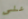
على